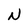
Character: N